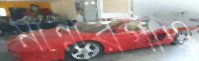
মান্নারগাঁও